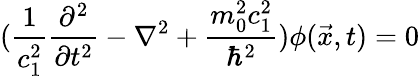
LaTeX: (\frac{1}{c_{1}^{2}}\frac{\partial^{2}}{\partial t^{2}}-\nabla^{2}+\frac{m_{0}^{2}c_{1}^{2}}{\hbar^{2}})\phi(\vec{x},t)=0